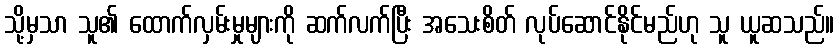
သို့မှသာ သူ၏ ထောက်လှမ်းမှုများကို ဆက်လက်ပြီး အသေးစိတ် လုပ်ဆောင်နိုင်မည်ဟု သူ ယူဆသည်။